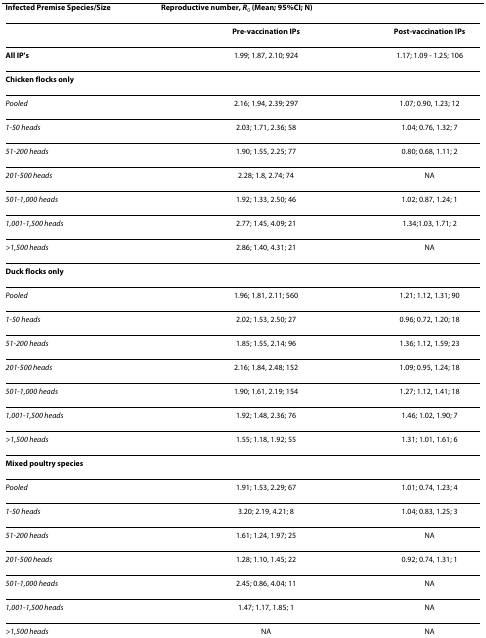
<table><thead><tr><td><b>Infected Premise Species/Size</b></td><td><b>Reproductive number, <i>R</i><sub><i>0</i></sub> (Mean; 95%CI; N)</b></td><td></td></tr></thead><tbody><tr><td></td><td><b>Pre-vaccination IPs</b></td><td><b>Post-vaccination IPs</b></td></tr><tr><td><b>All IP&#x27;s</b></td><td>1.99; 1.87, 2.10; 924</td><td>1.17; 1.09 - 1.25; 106</td></tr><tr><td><b>Chicken flocks only</b></td><td></td><td></td></tr><tr><td><i>Pooled</i></td><td>2.16; 1.94, 2.39; 297</td><td>1.07; 0.90, 1.23; 12</td></tr><tr><td><i>1-50 heads</i></td><td>2.03; 1.71, 2.36; 58</td><td>1.04; 0.76, 1.32; 7</td></tr><tr><td><i>51-200 heads</i></td><td>1.90; 1.55, 2.25; 77</td><td>0.80; 0.68, 1.11; 2</td></tr><tr><td><i>201-500 heads</i></td><td>2.28; 1.8, 2.74; 74</td><td>NA</td></tr><tr><td><i>501-1,000 heads</i></td><td>1.92; 1.33, 2.50; 46</td><td>1.02; 0.87, 1.24; 1</td></tr><tr><td><i>1,001-1,500 heads</i></td><td>2.77; 1.45, 4.09; 21</td><td>1.34;1.03, 1.71; 2</td></tr><tr><td><i>&gt;1,500 heads</i></td><td>2.86; 1.40, 4.31; 21</td><td>NA</td></tr><tr><td><b>Duck flocks only</b></td><td></td><td></td></tr><tr><td><i>Pooled</i></td><td>1.96; 1.81, 2.11; 560</td><td>1.21; 1.12, 1.31; 90</td></tr><tr><td><i>1-50 heads</i></td><td>2.02; 1.53, 2.50; 27</td><td>0.96; 0.72, 1.20; 18</td></tr><tr><td><i>51-200 heads</i></td><td>1.85; 1.55, 2.14; 96</td><td>1.36; 1.12, 1.59; 23</td></tr><tr><td><i>201-500 heads</i></td><td>2.16; 1.84, 2.48; 152</td><td>1.09; 0.95, 1.24; 18</td></tr><tr><td><i>501-1,000 heads</i></td><td>1.90; 1.61, 2.19; 154</td><td>1.27; 1.12, 1.41; 18</td></tr><tr><td><i>1,001-1,500 heads</i></td><td>1.92; 1.48, 2.36; 76</td><td>1.46; 1.02, 1.90; 7</td></tr><tr><td><i>&gt;1,500 heads</i></td><td>1.55; 1.18, 1.92; 55</td><td>1.31; 1.01, 1.61; 6</td></tr><tr><td><b>Mixed poultry species</b></td><td></td><td></td></tr><tr><td><i>Pooled</i></td><td>1.91; 1.53, 2.29; 67</td><td>1.01; 0.74, 1.23; 4</td></tr><tr><td><i>1-50 heads</i></td><td>3.20; 2.19, 4.21; 8</td><td>1.04; 0.83, 1.25; 3</td></tr><tr><td><i>51-200 heads</i></td><td>1.61; 1.24, 1.97; 25</td><td>NA</td></tr><tr><td><i>201-500 heads</i></td><td>1.28; 1.10, 1.45; 22</td><td>0.92; 0.74, 1.31; 1</td></tr><tr><td><i>501-1,000 heads</i></td><td>2.45; 0.86, 4.04; 11</td><td>NA</td></tr><tr><td><i>1,001-1,500 heads</i></td><td>1.47; 1.17, 1.85; 1</td><td>NA</td></tr><tr><td><i>&gt;1,500 heads</i></td><td>NA</td><td>NA</td></tr></tbody></table>